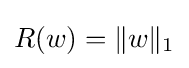
R(w)=\|w\|_{1}